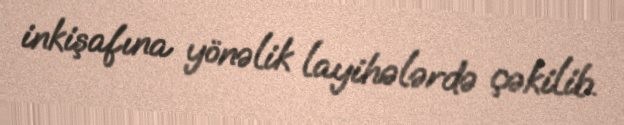
inkişafına yönəlik layihələrdə çəkilib.